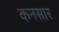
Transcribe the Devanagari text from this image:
कनसार